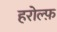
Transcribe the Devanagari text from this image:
हरोल्फ़